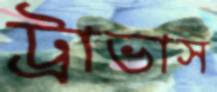
ট্রাভাস